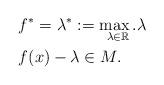
LaTeX: \begin{align*}&f^*=\lambda^*:=\underset{\lambda\in\mathbb{R}}{\max.} \lambda\quad\quad\quad\quad\\& f(x)-\lambda \in M. \quad\quad\quad\end{align*}